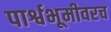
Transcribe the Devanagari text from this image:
पार्श्वभूमीवरच